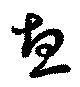
恵